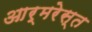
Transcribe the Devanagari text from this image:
आर्मरेस्त